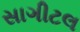
સાગીટલ